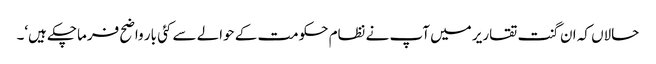
حالاں کہ ان گنت تقاریر میں آپ نے نظام حکومت کے حوالے سے کئی بار واضح فرماچکے ہیں‘۔